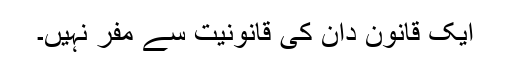
ایک قانون دان کی قانونیت سے مفر نہیں۔